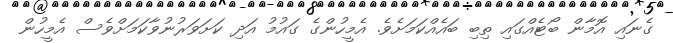
ގެނައި އޮމާން ބޯޓެއްގައި ތިބި ބައެއްކަމަށެވެ. އެމީހުންގެ ގައުމު އަދި ކަށަވަރުނުވާކަމަށްވެސް އެމީހުން